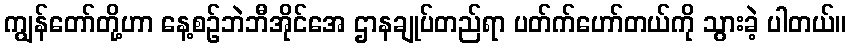
ကျွန်တော်တို့ဟာ နေ့စဉ်ဘဲဘီအိုင်အေ ဌာနချုပ်တည်ရာ ပတ်က်ဟော်တယ်ကို သွားခဲ့ ပါတယ်။